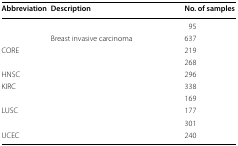
<table><thead><tr><td><b>Abbreviation</b></td><td><b>Description</b></td><td><b>No. of samples</b></td></tr></thead><tbody><tr><td>[EMPTY_CELL]</td><td>[EMPTY_CELL]</td><td>95</td></tr><tr><td>[EMPTY_CELL]</td><td>Breast invasive carcinoma</td><td>637</td></tr><tr><td>CORE</td><td>[EMPTY_CELL]</td><td>219</td></tr><tr><td>[EMPTY_CELL]</td><td>[EMPTY_CELL]</td><td>268</td></tr><tr><td>HNSC</td><td>[EMPTY_CELL]</td><td>296</td></tr><tr><td>KIRC</td><td>[EMPTY_CELL]</td><td>338</td></tr><tr><td>[EMPTY_CELL]</td><td>[EMPTY_CELL]</td><td>169</td></tr><tr><td>LUSC</td><td>[EMPTY_CELL]</td><td>177</td></tr><tr><td>[EMPTY_CELL]</td><td>[EMPTY_CELL]</td><td>301</td></tr><tr><td>UCEC</td><td>[EMPTY_CELL]</td><td>240</td></tr></tbody></table>